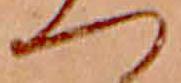
つ